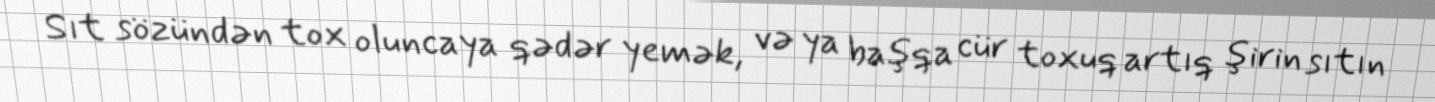
Sıt sözündən tox oluncaya qədər yemək, və ya başqa cür toxuq artıq şirin sıtın